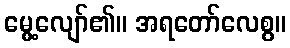
မွေ့လျော်၏။ အရတော်လေစွ။